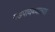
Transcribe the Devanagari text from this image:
गडपायथ्याच्या